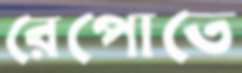
রেপোতে